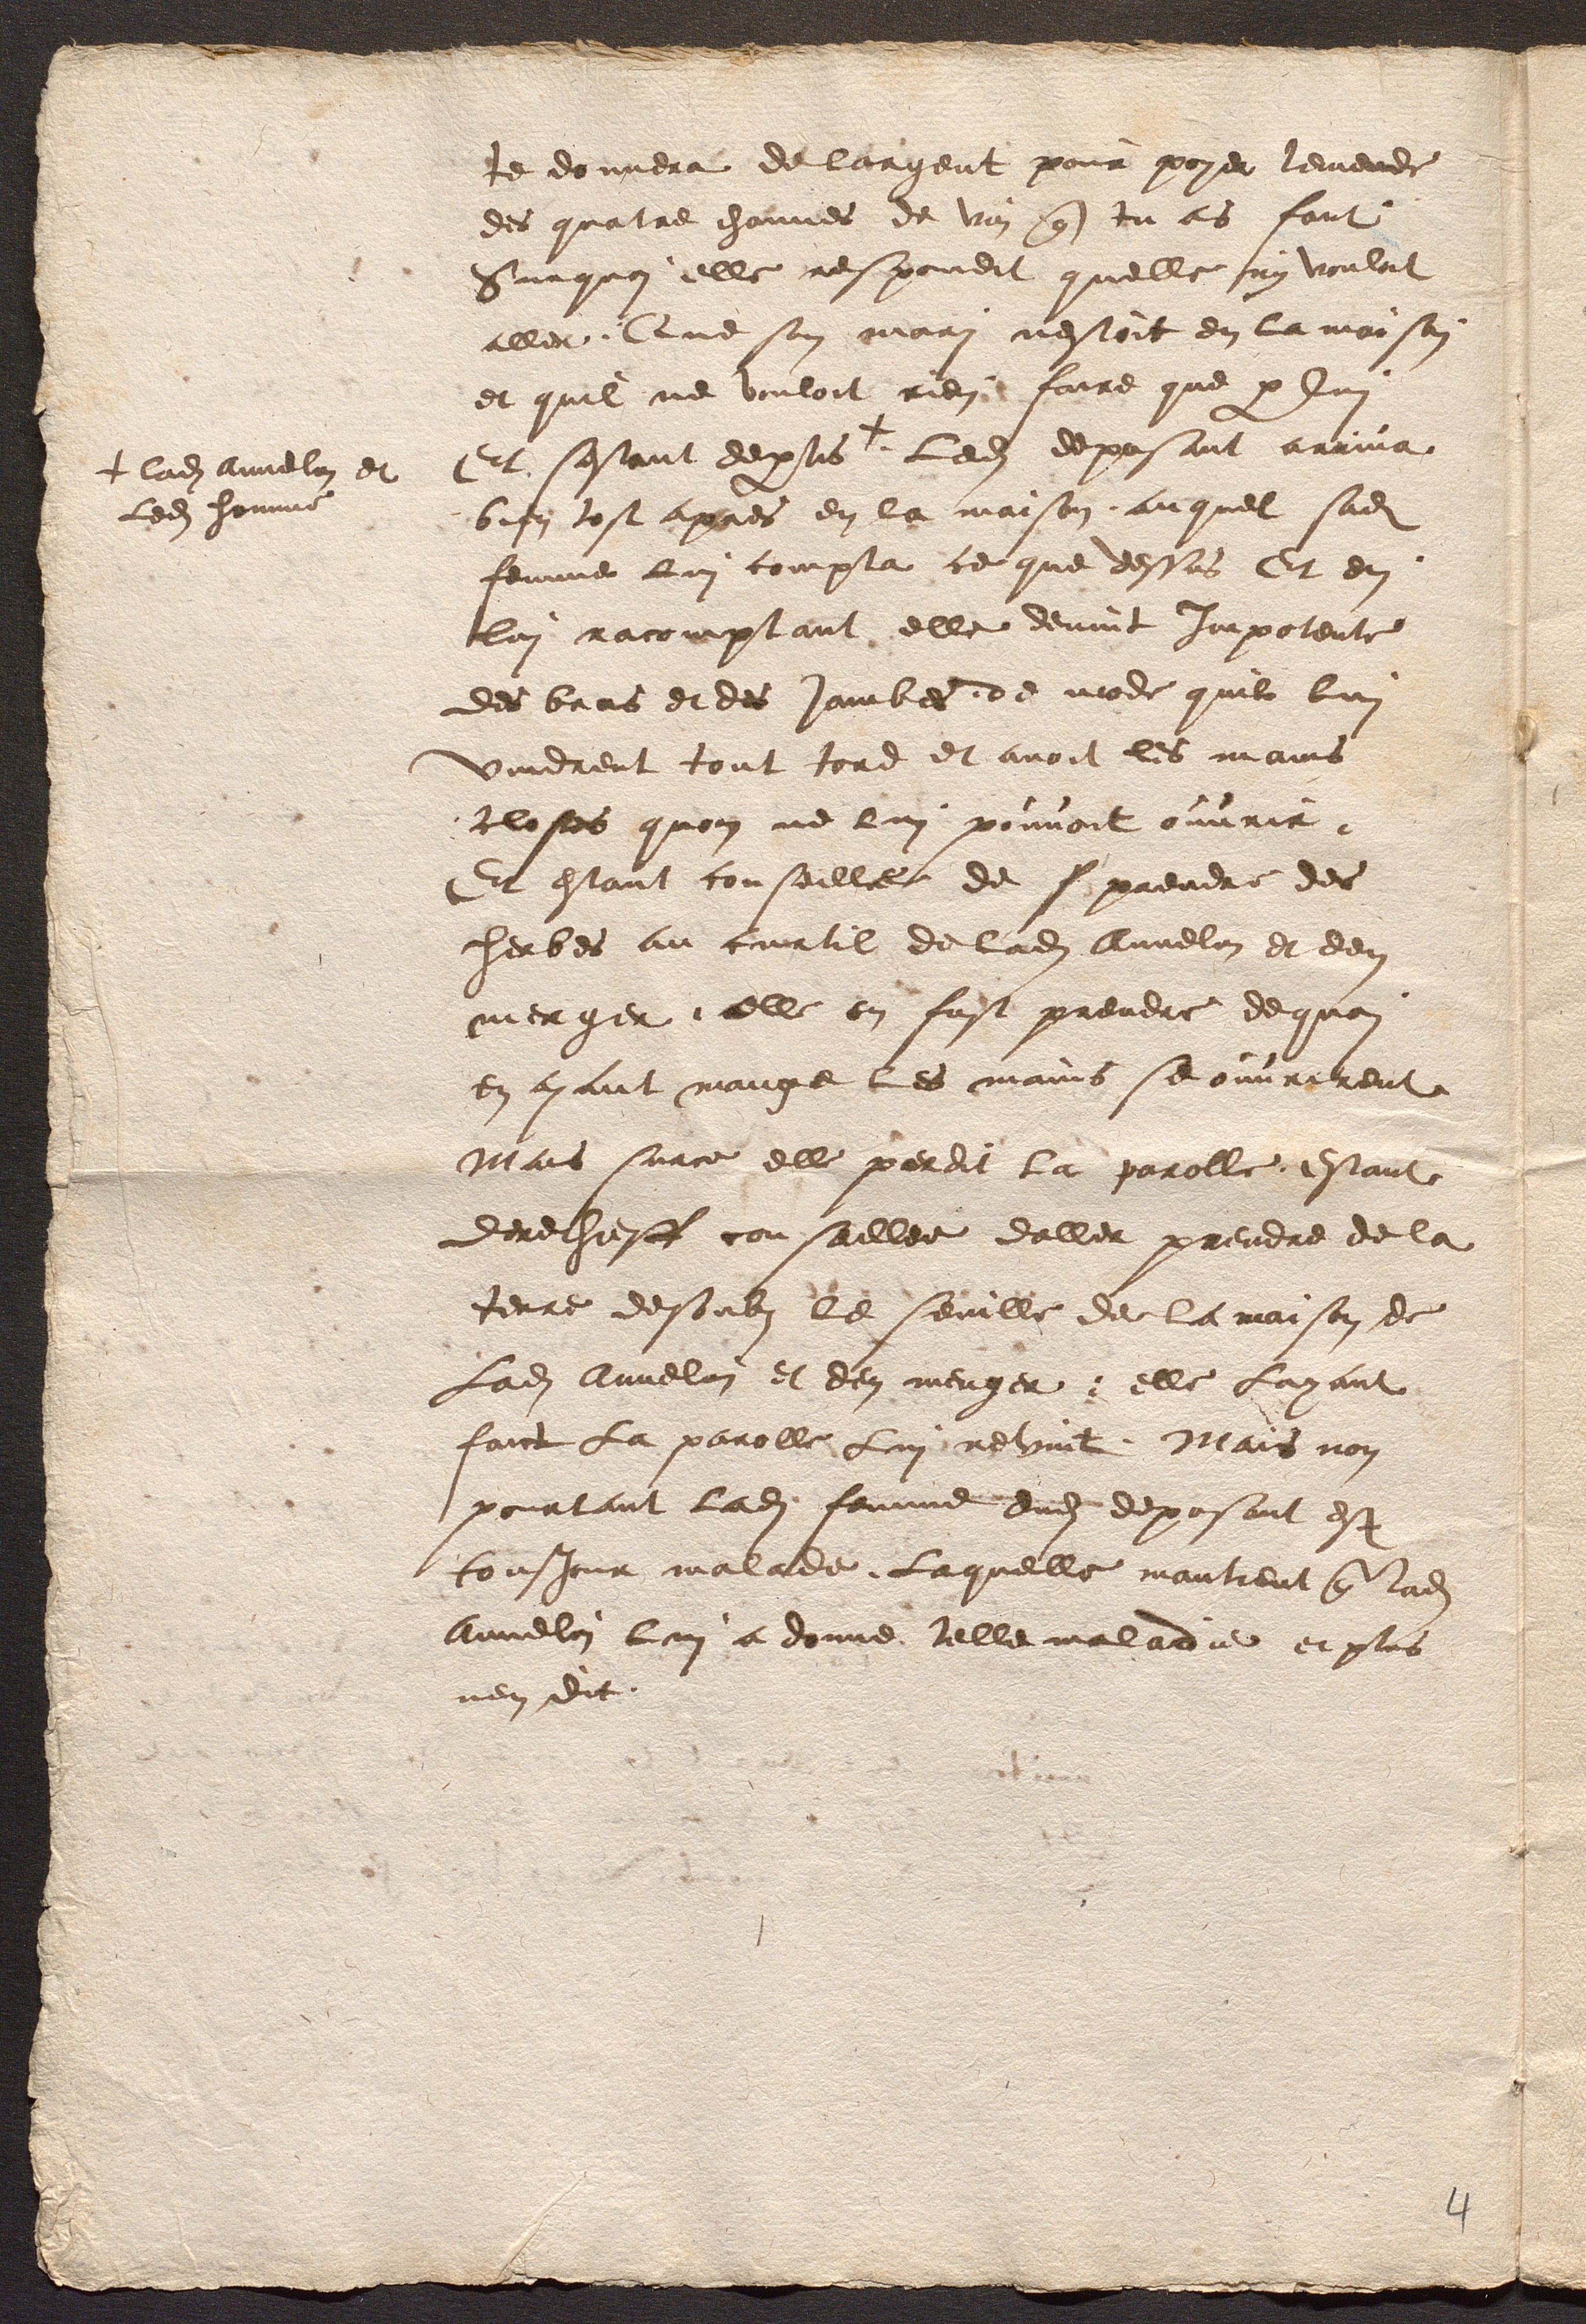
+ ladite Annelon et
ledit homme

te donnera de largent pour payer lemende
des quatre channes de vin que tu as faut.
Surquoi elle respondit quelle ny voulut
aller. Que son mari nestoit en la maison,
et quil ne vouloit rien faire que par lui
Et sestant departis  + . Ledit deposant arriva
bien tost apres en la maison, auquel sadite
femme lui compta ce que dessus Et en,
lui racomptant elle devint Impotente
des bras et des Jambes, de mode qu'il lui
vindrent tout tord et avoit les mains
closes quon ne lui pouvoit ouvrir.
Et estant conseillee de s prendre des
herbes au curtil de ladite Annelon et den
menger, elle en fust prendre dequoi
en ayant mange les mains se ouvrirent
Mais surce elle perdit la parolle, estant
derechieff conseillee daller prendre de la
terre desoubs le seuille de la maison de
Ladite Annelin et den menger ; elle Layant
faict La parolle Lui revint. Mais non
pourtant ladite femme dudit deposant est
tousjour malade. Laquelle mantient que ladite
Annelin lui a donne telle maladie et plus
nen dit.